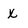
Character: x